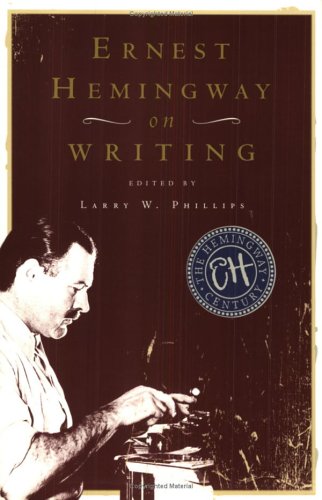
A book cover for Ernest Hemingway on Writing; Reference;